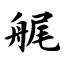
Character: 艉